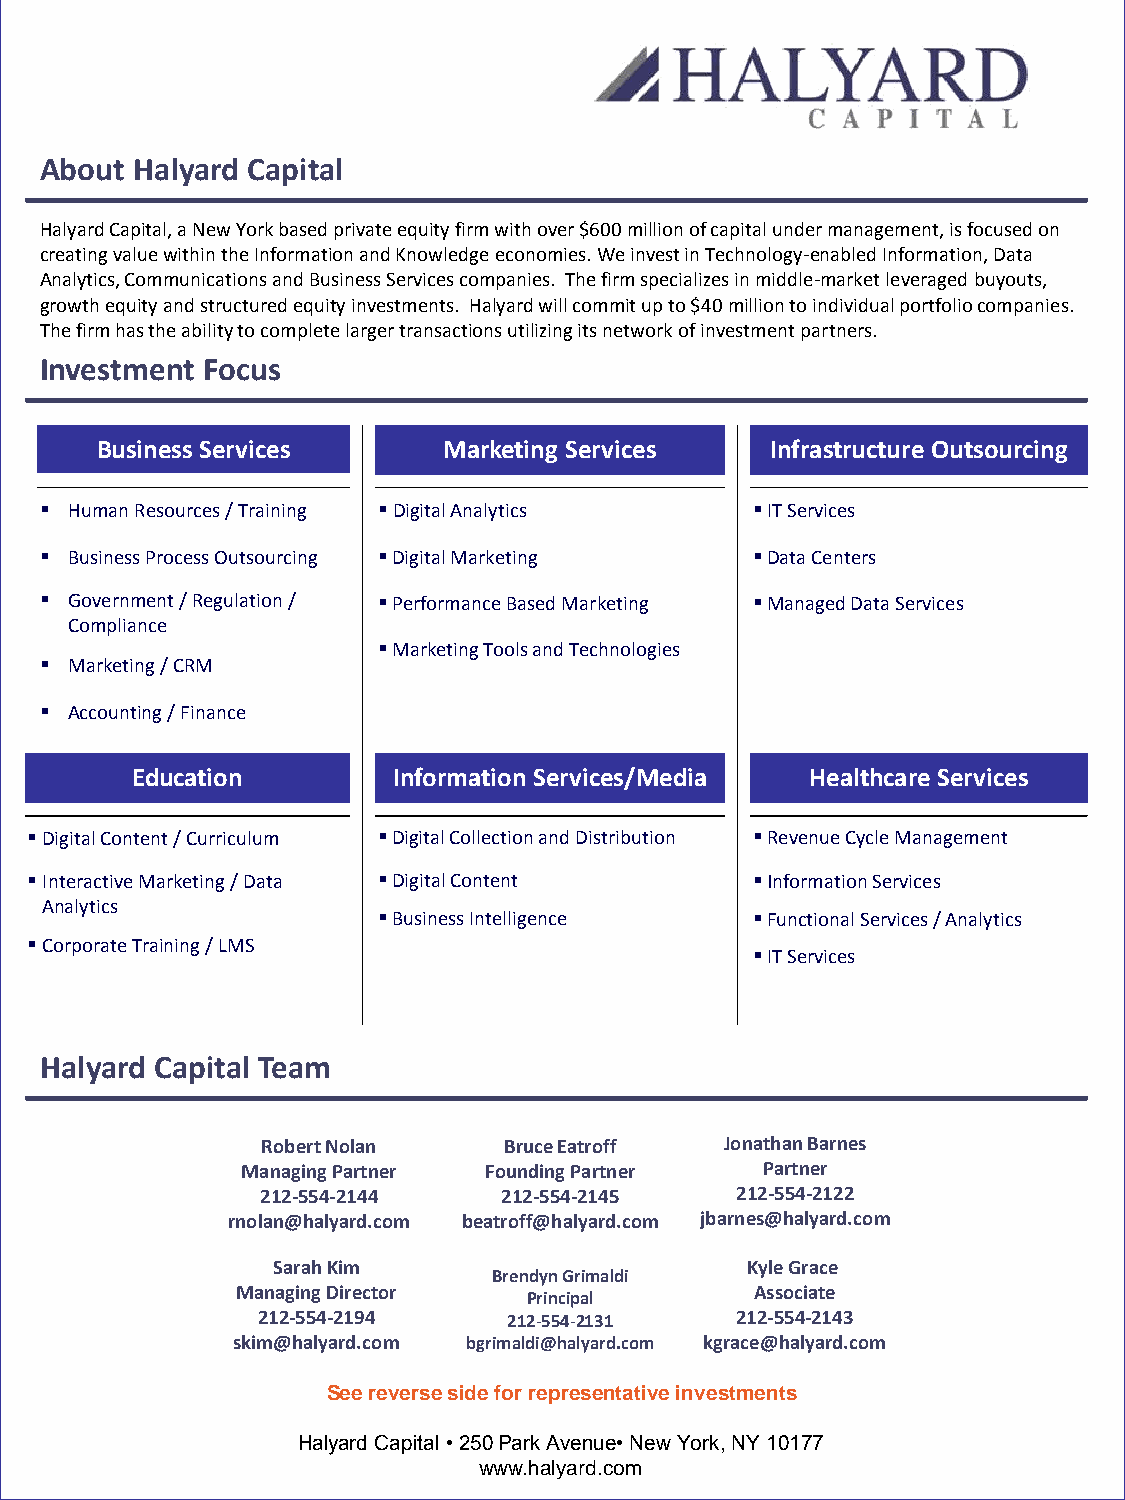
About Halyard Capital
 Halyard Capital, a New York based private equity firm with over $600 million of capital under management, is focused on
 creating value within the Information and Knowledge economies. We invest in Technology-enabled Information, Data
 Analytics, Communications and Business Services companies. The firm specializes in middle-market leveraged buyouts,
 growth equity and structured equity investments. Halyard will commit up to $40 million to individual portfolio companies.
 The firm has the ability to complete larger transactions utilizing its network of investment partners.
 Investment Focus
 Business Services      Marketing Services    Infrastructure Outsourcing
  Human Resources / Training Digital Analytics IT Services
  Business Process Outsourcing Digital Marketing Data Centers
  Government / Regulation / Performance Based Marketing Managed Data Services
 Compliance
 Marketing Tools and Technologies
  Marketing / CRM
  Accounting / Finance
 Education        Information Services/Media  Healthcare Services
 Digital Content / Curriculum Digital Collection and Distribution Revenue Cycle Management
 Interactive Marketing / Data Digital Content  Information Services
 Analytics
 Business Intelligence   Functional Services / Analytics
 Corporate Training / LMS
 IT Services
 Halyard Capital Team
 Robert Nolan    Bruce Eatroff  Jonathan Barnes
 Managing Partner Founding Partner Partner
 212-554-2144    212-554-2145    212-554-2122
 rnolan@halyard.com beatroff@halyard.com jbarnes@halyard.com
 Sarah Kim                      Kyle Grace
 Brendyn Grimaldi
 Managing Director                 Associate
 Principal
 212-554-2194     212-554-2131   212-554-2143
 skim@halyard.com bgrimaldi@halyard.com kgrace@halyard.com
 See reverse side for representative investments
 Halyard Capital • 250 Park Avenue• New York, NY 10177
 www.halyard.com